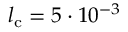
l _ { \mathrm { c } } = 5 \cdot 1 0 ^ { - 3 }